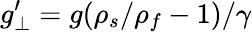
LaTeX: g_{\perp}^{\prime}=g(\rho_{s}/\rho_{f}-1)/\gamma